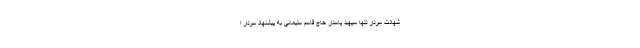
شهادت سردار دلها سپهبد پاسدار حاج قاسم سلیمانی به پیشنهاد سردار ا